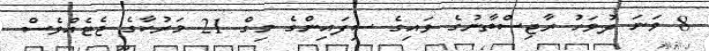
8 ވަނަ ދުވަހު ރާޖިސްތާނުގެ ވައިގެ ސިފައިންގެ މިގް 21 މަރުކާގެ ޖެޓެއްވެސް